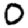
Digit: 0